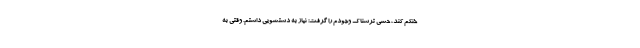
خنکم کند، حسی ترسناک وجودم را گرفت: نیاز به دستشویی داشتم. وقتی به